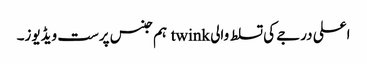
اعلی درجے کی تسلط والی twink ہم جنس پرست ویڈیوز۔